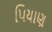
પિયાણ